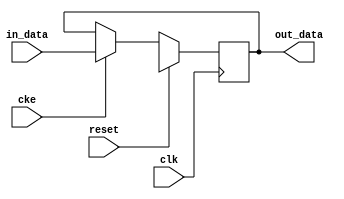
// This program was cloned from: https://github.com/ryuz/jelly
// License: MIT License

// ---------------------------------------------------------------------------
//  Jelly  -- The platform for real-time computing
//
//                                 Copyright (C) 2008-2020 by Ryuz
//                                 https://github.com/ryuz/jelly.git
// ---------------------------------------------------------------------------



`timescale 1ns / 1ps
`default_nettype none



// Delay
module jelly_data_delay
        #(
            parameter                               LATENCY    = 1,
            parameter                               DATA_WIDTH = 8,
            parameter           [DATA_WIDTH-1:0]    DATA_INIT  = {DATA_WIDTH{1'bx}}
        )
        (
            input   wire                        reset,
            input   wire                        clk,
            input   wire                        cke,
            
            input   wire    [DATA_WIDTH-1:0]    in_data,
            
            output  wire    [DATA_WIDTH-1:0]    out_data
        );
    
    integer     i;
    
    generate
    if ( LATENCY == 0 ) begin
        assign out_data = in_data;
    end
    else begin
        reg     [LATENCY*DATA_WIDTH-1:0]    reg_data;
        always @(posedge clk) begin
            if ( reset ) begin
                for ( i = 0; i < LATENCY; i = i+1 ) begin
                    reg_data[i*DATA_WIDTH +: DATA_WIDTH] <= DATA_INIT;
                end
            end
            else if ( cke ) begin
                reg_data[0 +: DATA_WIDTH] <= in_data;
                for ( i = 0; i < LATENCY-1; i = i+1 ) begin
                    reg_data[(i+1)*DATA_WIDTH +: DATA_WIDTH] <= reg_data[i*DATA_WIDTH +: DATA_WIDTH];
                end
            end
        end
        assign out_data = reg_data[(LATENCY-1)*DATA_WIDTH +: DATA_WIDTH];
    end
    endgenerate
    
endmodule


`default_nettype wire


// end of file